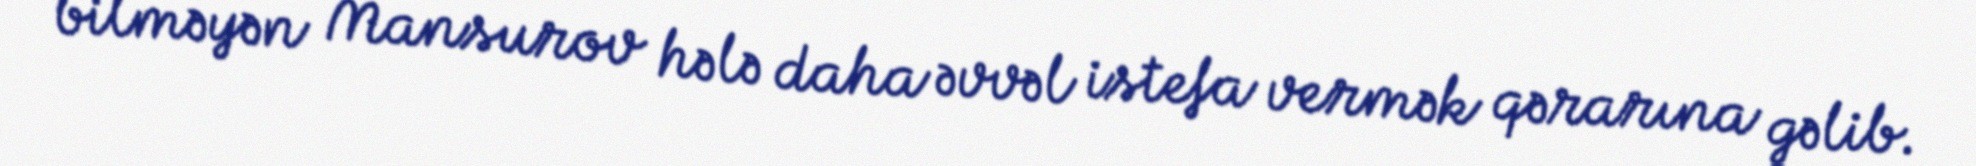
bilməyən Mansurov hələ daha əvvəl istefa vermək qərarına gəlib.